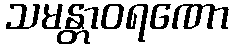
သမန္တာဝရဏော